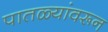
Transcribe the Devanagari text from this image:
पातळ्यांवरून